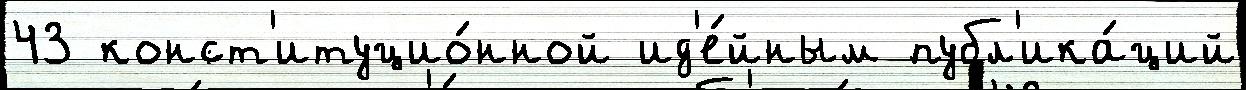
43 конст'итуцио́нной ид'е́йным публ'ика́ций